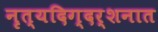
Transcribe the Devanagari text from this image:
नृत्यदिग्दर्शनात